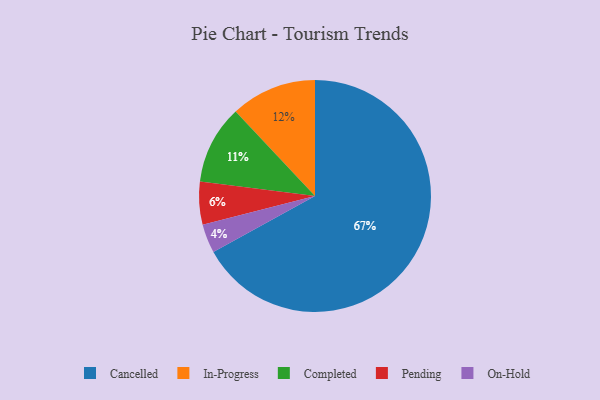
{"axis": {"x": "Category", "y": "Percentage"}, "legend": ["Cancelled", "Completed", "In-Progress", "On-Hold", "Pending"], "data": [{"x": "In-Progress", "y": 12, "type": "In-Progress"}, {"x": "On-Hold", "y": 4, "type": "On-Hold"}, {"x": "Cancelled", "y": 67, "type": "Cancelled"}, {"x": "Pending", "y": 6, "type": "Pending"}, {"x": "Completed", "y": 11, "type": "Completed"}]}